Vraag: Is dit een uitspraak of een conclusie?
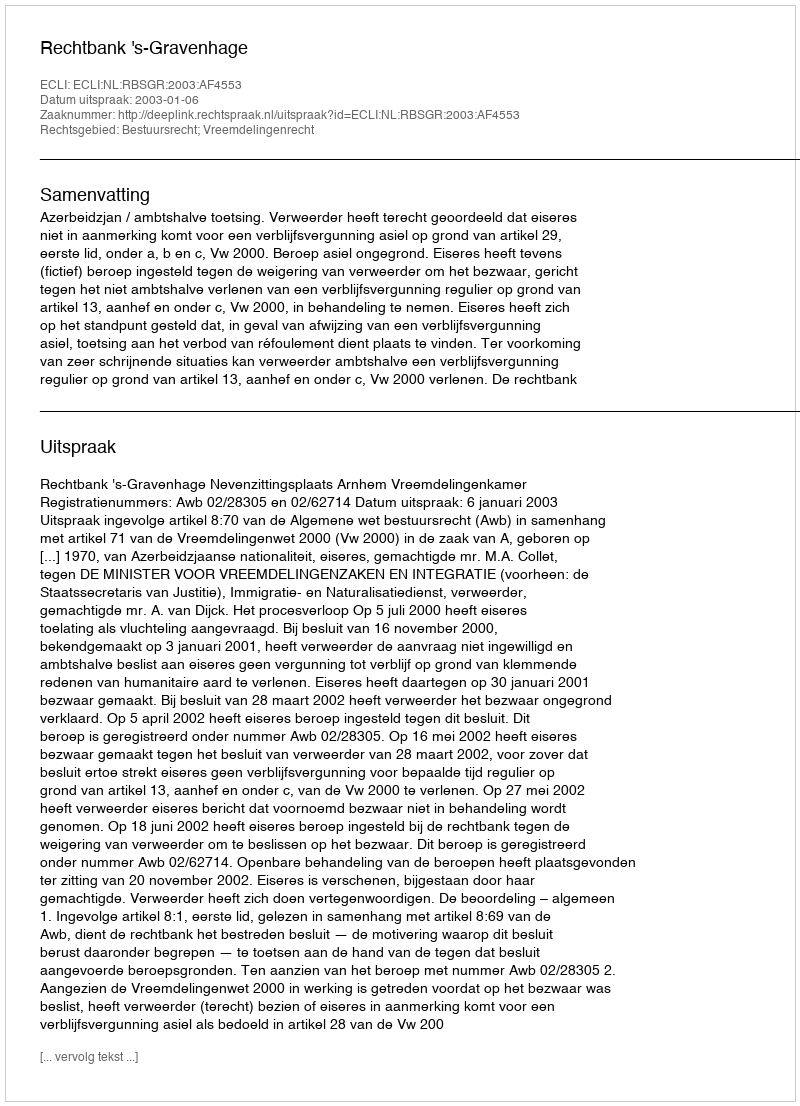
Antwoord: Uitspraak